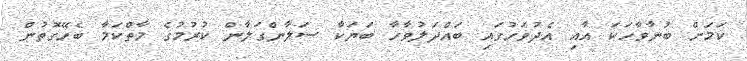
ކަމަށް ބުނާވާހަކަ އާއި އެދުވަހުގައި ބައްދަލުވާހާ ބަޔަކާ ސަލާންގަލާން ކުރުމުގެ މާތްކަމާ ބެހޭގޮތުން